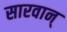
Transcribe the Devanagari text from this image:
सारवान्‌